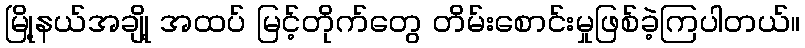
မြို့နယ်အချို့ အထပ် မြင့်တိုက်တွေ တိမ်းစောင်းမှုဖြစ်ခဲ့ကြပါတယ်။